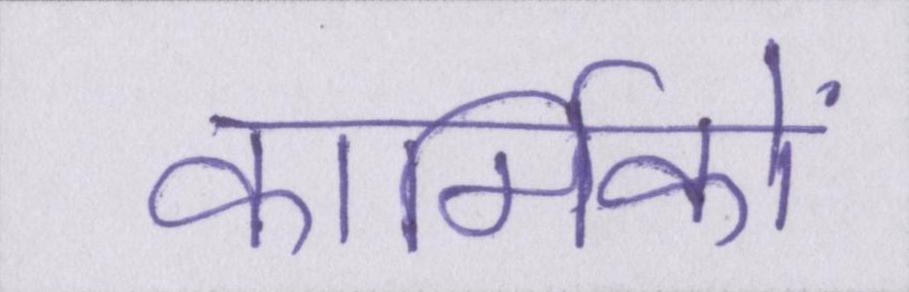
कार्मिकों